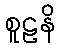
စူဠနိ